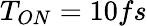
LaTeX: T_{ON}=10fs